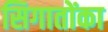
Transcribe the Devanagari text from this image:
सिगातोंका